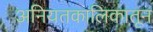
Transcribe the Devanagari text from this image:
अनियतकालिकातून